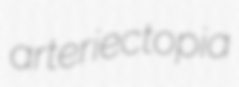
arteriectopia